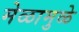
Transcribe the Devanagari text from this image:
मेळामुळे